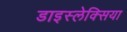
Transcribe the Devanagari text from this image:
डाइस्लेक्सिया